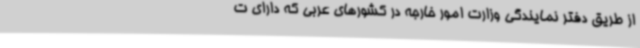
از طریق دفتر نمایندگی وزارت امور خارجه در کشورهای عربی که دارای ت